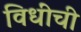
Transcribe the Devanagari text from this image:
विधींची